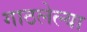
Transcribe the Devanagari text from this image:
गाठलेल्या